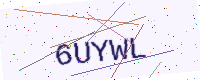
Text: 6UYWL